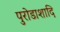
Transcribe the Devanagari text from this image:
पुरोडाशादि